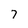
Character: 7